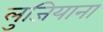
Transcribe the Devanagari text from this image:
लुजियाना